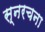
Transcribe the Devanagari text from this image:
स्नरचना